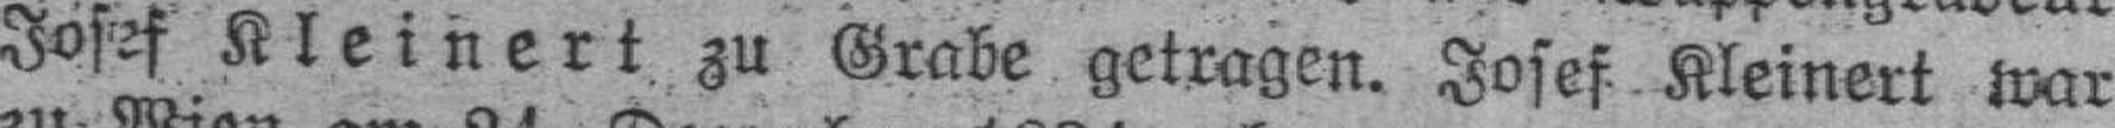
Josef Kleinert zu Grabe getragen. Josef Kleinert war